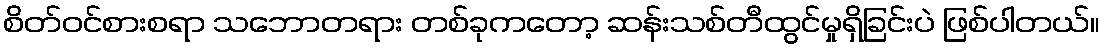
စိတ်ဝင်စားစရာ သဘောတရား တစ်ခုကတော့ ဆန်းသစ်တီထွင်မှုရှိခြင်းပဲ ဖြစ်ပါတယ်။